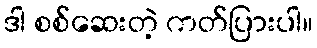
ဒါ စစ်ဆေးတဲ့ ကတ်ပြားပါ။